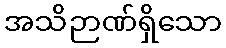
အသိဉာဏ်ရှိသော